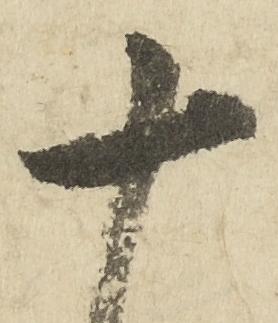
十